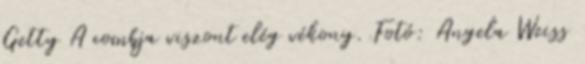
Getty A combja viszont elég vékony. Fotó: Angela Weiss